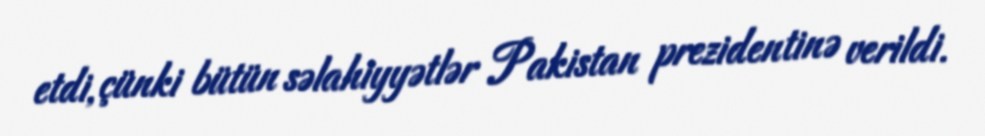
etdi, çünki bütün səlahiyyətlər Pakistan prezidentinə verildi.